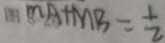
M A + M B = \frac { 1 } { 2 }